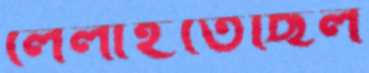
লেলাইতেছিল